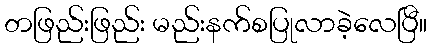
တဖြည်းဖြည်း မည်းနက်စပြုလာခဲ့လေပြီ။